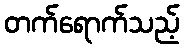
တက်ရောက်သည့်